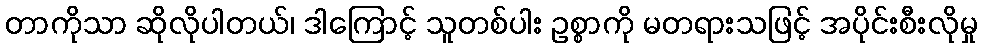
တာကိုသာ ဆိုလိုပါတယ်၊ ဒါကြောင့် သူတစ်ပါး ဥစ္စာကို မတရားသဖြင့် အပိုင်းစီးလိုမှု